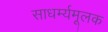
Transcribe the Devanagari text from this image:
साधर्म्यमूलक